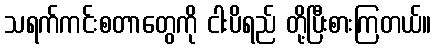
သရက်ကင်းစတာတွေကို ငါးပိရည် တို့ပြီးစားကြတယ်။